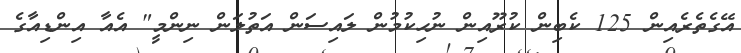
އޭގެތެރެއިން 125 ކެބިން ކުރޫއިން ނުހިކުމުން ލައިސަން އަތުލަން ނިންމީ" އެއާ އިންޑިއާގެ